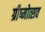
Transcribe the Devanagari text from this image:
ग्रीष्मोत्सव